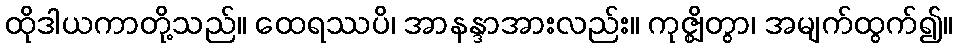
ထိုဒါယကာတို့သည်။ ထေရဿပိ၊ အာနန္ဒာအားလည်း။ ကုဇ္ဈိတွာ၊ အမျက်ထွက်၍။